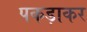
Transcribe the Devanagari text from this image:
पकड़ाकर